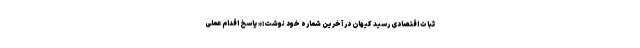
ثبات اقتصادی رسید کیهان در آخرین شماره خود نوشت:« پاسخ اقدام عملی